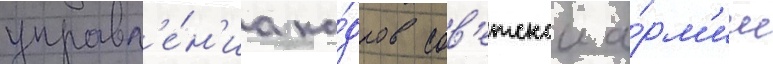
управл'е́н'иа ка́дров сов'етскои а́рм'ии